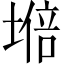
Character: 𡏧